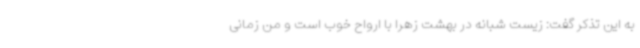
به این تذکر گفت: زیست شبانه در بهشت زهرا با ارواح خوب است و من زمانی